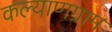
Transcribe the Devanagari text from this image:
कल्याणग्राम